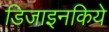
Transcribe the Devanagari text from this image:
डिजाइनकिये